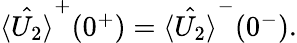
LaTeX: \begin{array}{r}{\hat{\langle U_{2}\rangle}^{+}(0^{+})=\hat{\langle U_{2}\rangle}^{-}(0^{-}).}\end{array}